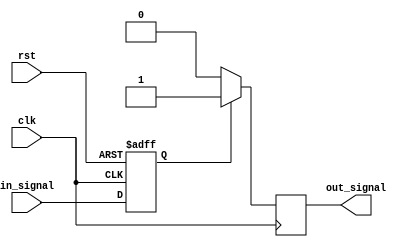
module RC_delay_block (
    input wire clk,
    input wire rst,
    input wire in_signal,
    output reg out_signal
);

reg internal_signal;

always @(posedge clk or posedge rst) begin
    if (rst) begin
        internal_signal <= 1'b0;
    end else begin
        internal_signal <= in_signal;
    end
end

always @(posedge clk) begin
    if (internal_signal) begin
        #delay_value out_signal <= 1'b1;
    end else begin
        #delay_value out_signal <= 1'b0;
    end
end

endmodule